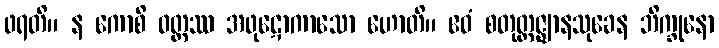
ဖရတိ။ န ကောစိ ဝတ္ထဿ အဖုဋောကာသော ဟောတိ။ ဧဝံ စတုတ္ထဇ္ဈာနသုခေန ဘိက္ခုနော